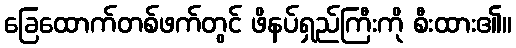
ခြေထောက်တစ်ဖက်တွင် ဖိနပ်ရှည်ကြီးကို စီးထား၏။